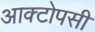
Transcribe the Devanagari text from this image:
आक्टोपसी